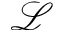
\mathcal { L }